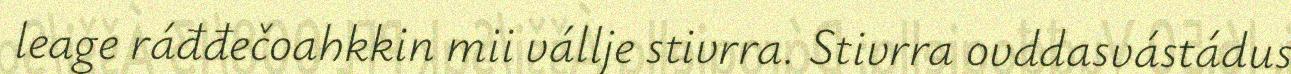
leage ráđđečoahkkin mii vállje stivrra. Stivrra ovddasvástádus